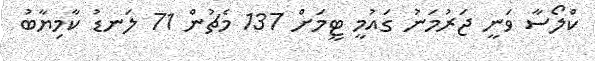
ކްލޯސާ ވަނީ ޖަރުމަނު ގައުމީ ޓީމަށް 137 މެޗުން 71 ލަނޑު ކާމިޔާބު